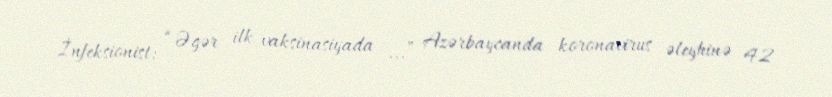
İnfeksionist: “Əgər ilk vaksinasiyada ...” Azərbaycanda koronavirus əleyhinə 42